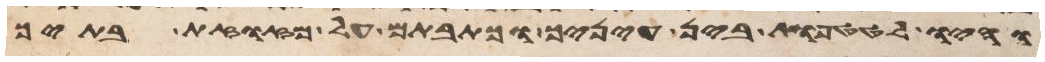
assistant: והיו לטטפות בין עיניך וכתבתם על מזזות בתיך